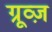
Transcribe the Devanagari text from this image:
ग्रूव्ज़